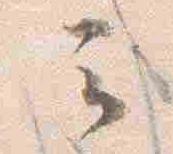
者